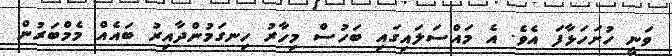
ވަނީ ހުށަހަޅާފަ އެވެ. އެ މައްސަލައިގައި ބަހުސް މިހާރު ހިނގަމުންދާއިރު ބައެއް މެމްބަރުން